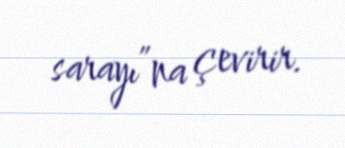
sarayı”na çevirir.